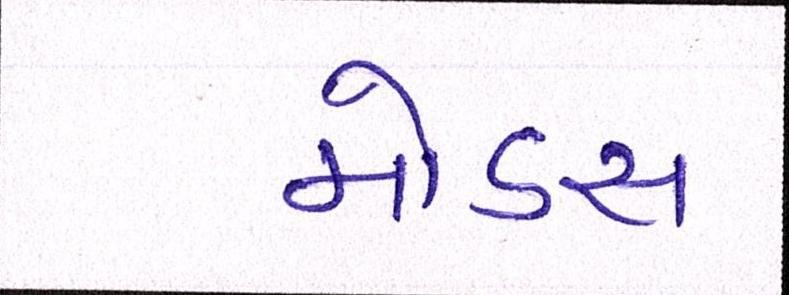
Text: મોડસ